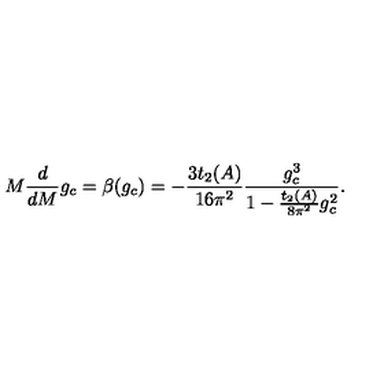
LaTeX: M \frac { d } { d M } g _ { c } = \beta ( g _ { c } ) = - \frac { 3 t _ { 2 } ( A ) } { 1 6 \pi ^ { 2 } } \frac { g _ { c } ^ { 3 } } { 1 - \frac { t _ { 2 } ( A ) } { 8 \pi ^ { 2 } } g _ { c } ^ { 2 } } .